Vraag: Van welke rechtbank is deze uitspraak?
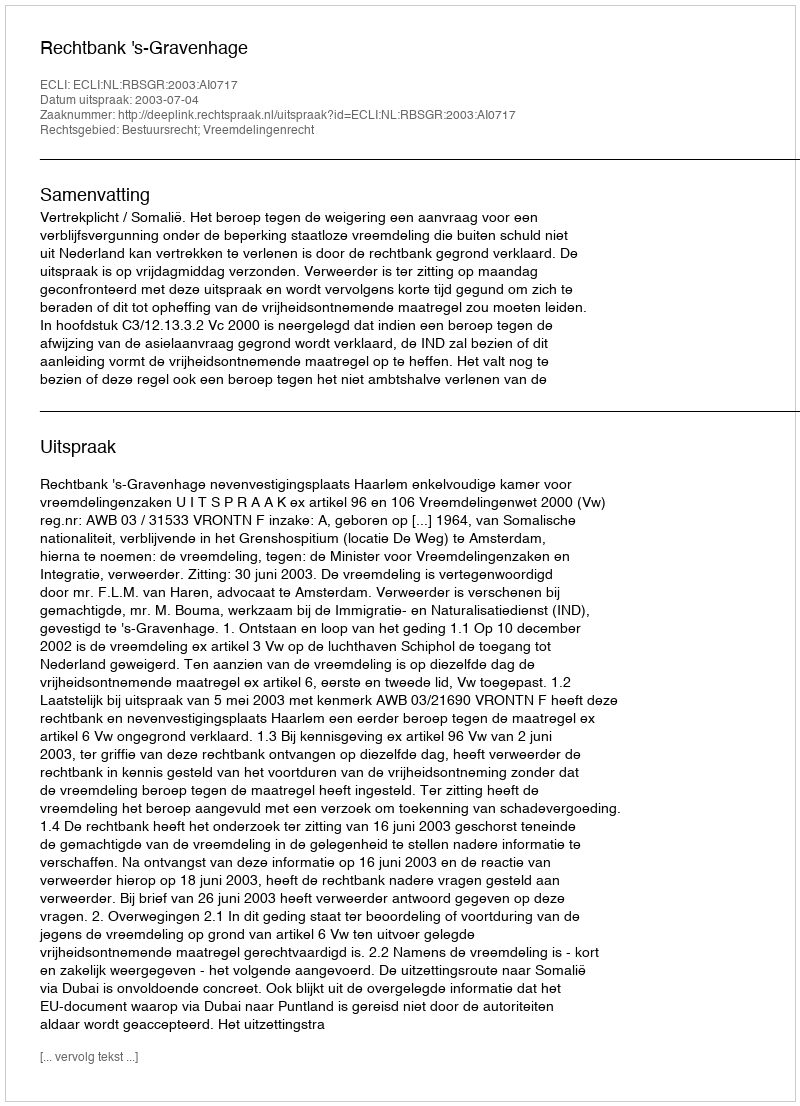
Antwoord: Rechtbank 's-Gravenhage